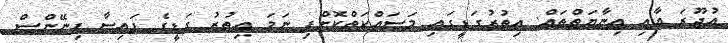
އުޖޫރަ އާއި އިނާޔަތްތައް: އިތުރުގަޑީގައި މަސައްކަތްކޮށްފި ނަމަ އިތުރު ގަޑީގެ ފައިސާ ފިނޭންސް